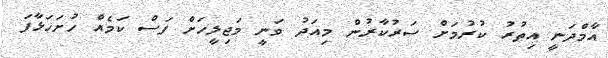
އާމްދަނީ އިތުރު ކުރުމަށް ސަރުކާރުން މިއަދު ވަނީ މަޖިލީހަށް ފަސް ކަމެއް ހުށަހަޅާފަ